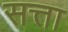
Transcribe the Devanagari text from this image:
सत्ता